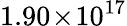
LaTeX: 1.90\! \times\! 10^{17}